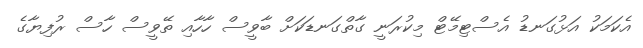
އެކަމަކު އަޅުގަނޑު އެސްޓިމޭޓް މިކުރަނީ ގާތްގަނޑަކަށް ބާވީސް ހާހާއި ތޭވީސް ހާސް ރުފިޔާގެ